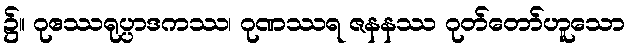
၌။ ဂုဧဿရုပ္ပာဒကဿ၊ ဂုဏဿရ ဇနနဿ ဂုတ်တော်ဟူသော